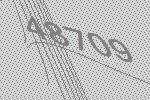
48709